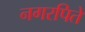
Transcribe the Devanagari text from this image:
नगरपिते